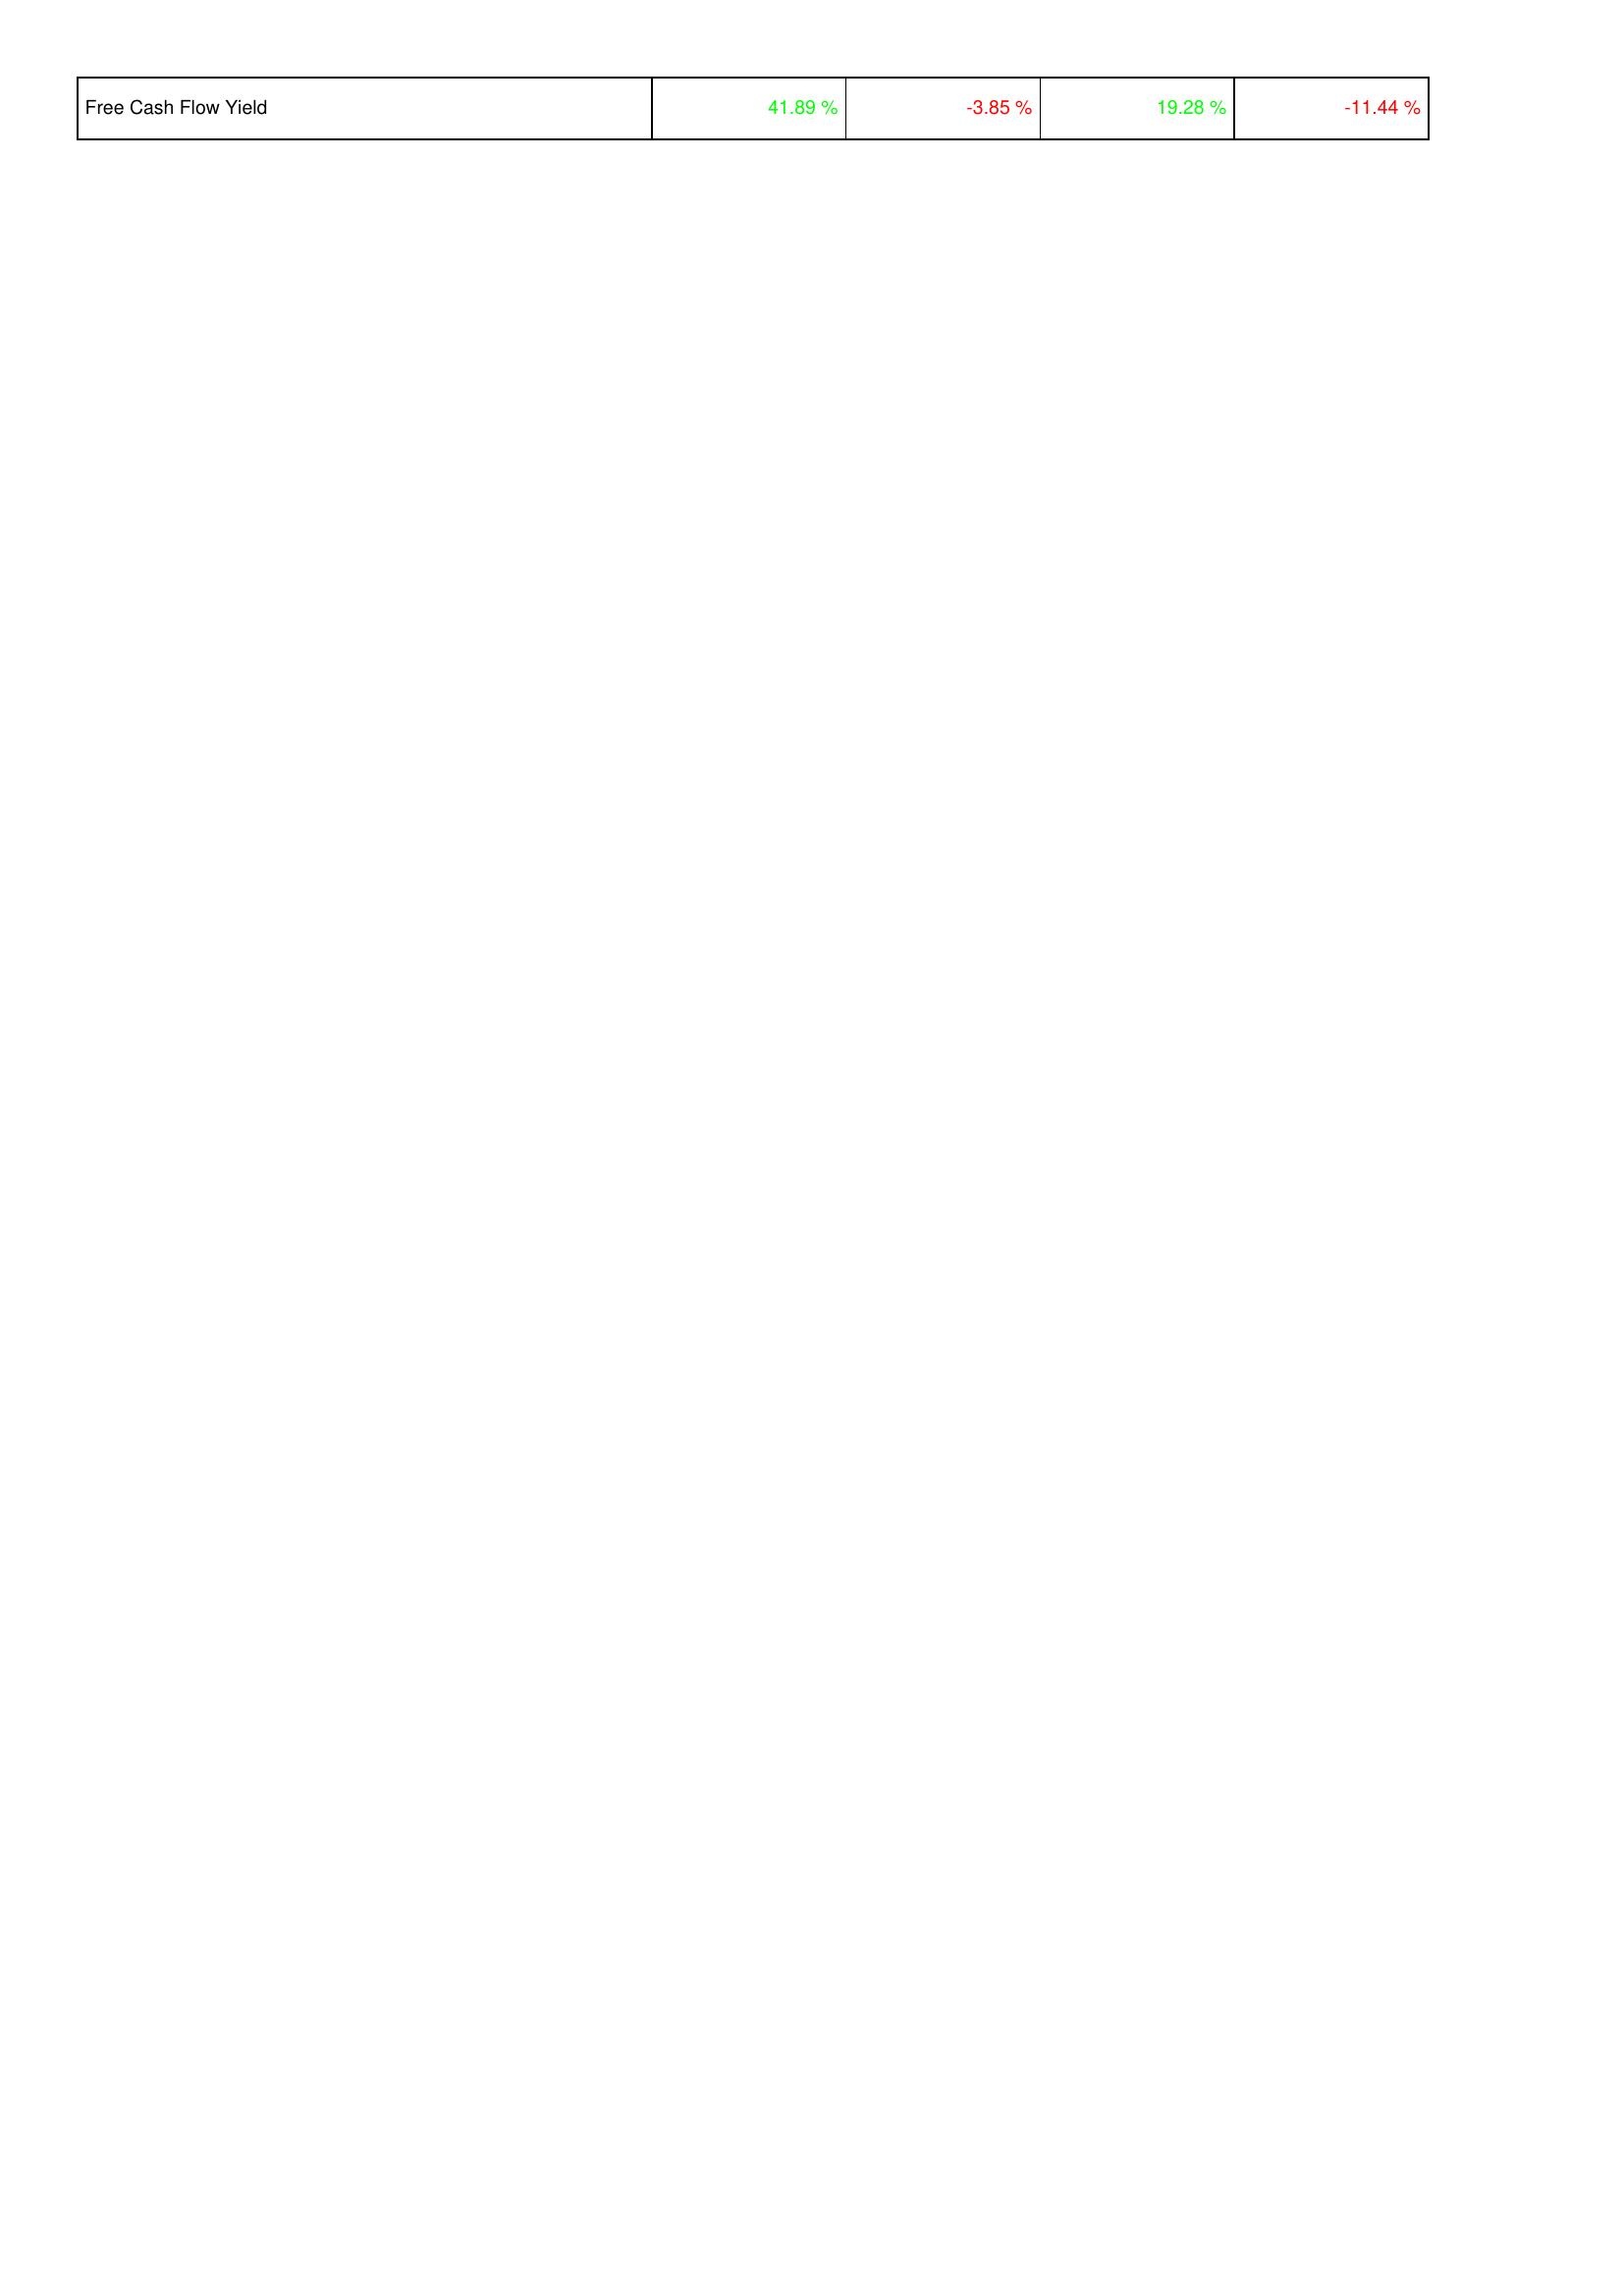
2018: Financing Activities: Free Cash Flow Yield: 41.89 %
2019: Financing Activities: Free Cash Flow Yield: -3.85 %
2020: Financing Activities: Free Cash Flow Yield: 19.28 %
2021: Financing Activities: Free Cash Flow Yield: -11.44 %